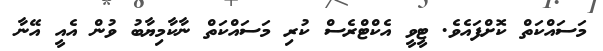
މަސައްކަތް ކޮށްފައެވެ. ޓީވީ އެކްޓްރެސް ކުރި މަސައްކަތް ނާކާމިޔާބު ވުން އެއީ އޭނާ